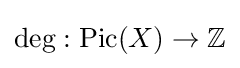
\deg :\operatorname {Pic} (X)\to \mathbb {Z}